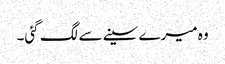
وہ میرے سینے سے لگ گئی۔